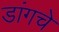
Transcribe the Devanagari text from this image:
डांगचे